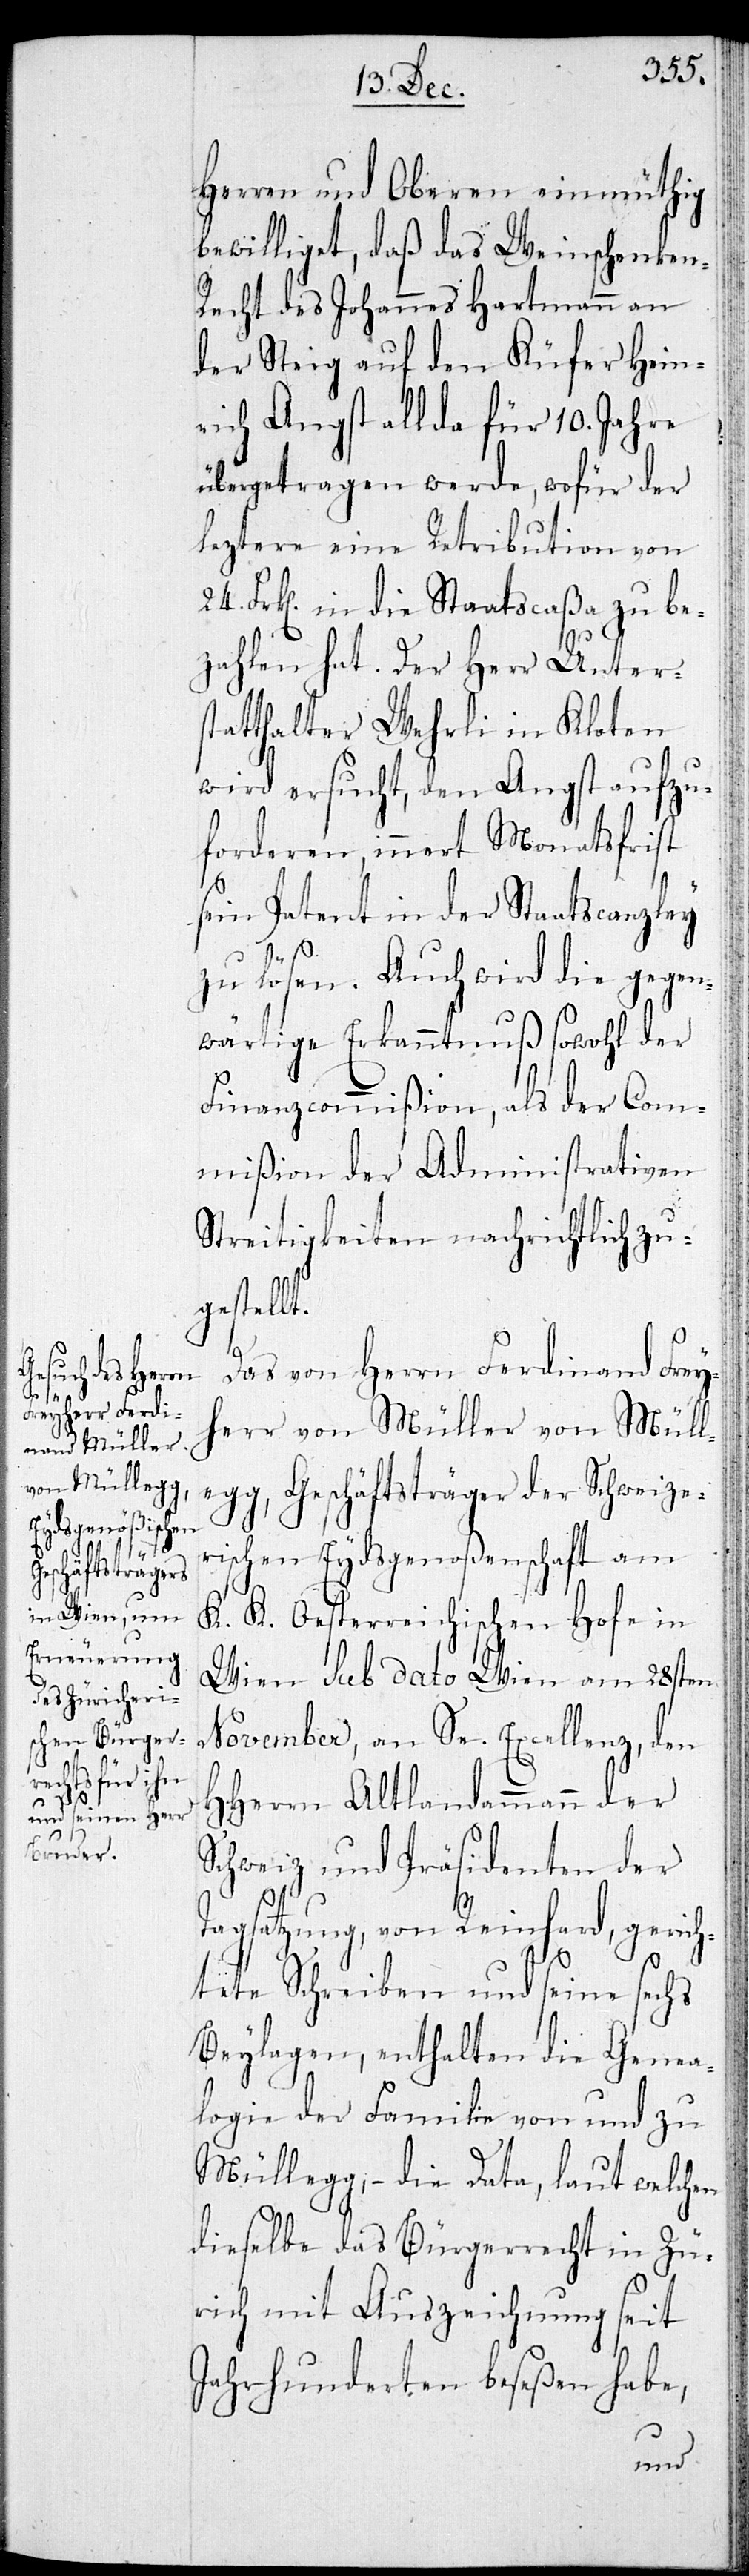
Herren und Oberen einmüthig
bewilliget, daß das Weinschenken-R¬
echt des Johannes Hartmann an
der Steig auf den Küfer Hein¬
rich Angst allda für 10. Jahre
übertragen werde, wofür der
leztere eine Retribution von
24. Frken. in die Staatscaßa zu be¬
zahlen hat. Der Herr Unter¬
statthalter Wehrli in Kloten
wird ersucht, den Angst aufzu¬
forderen, innert Monatsfrist
sein Patent in der Staatscanzley
zu lösen. Auch wird die gegen¬
wärtige Erkanntnuß sowohl der
Finanzcommißion, als der Com¬
mißion der Administrativen
Streitigkeiten nachrichtlich zu¬
gestellt.
Das von Herrn Ferdinand Frey¬
herr von Müller von Müll¬
egg, Geschäftsträger der Schweize¬
rischen Eydsgenoßenschaft am
K. K. Oesterreichischen Hofe in
Wien sub dato Wien am 28sten
November, an Se. Excellenz, den
HHerrn Altlandammann der
Schweiz und Präsidenten der
Tagsatzung, von Reinhard, gerich¬
tete Schreiben und seine sechs
Beilagen, enthalten die Genea¬
logie der Familie von und zu
Müllegg, – die Data, laut welchen
dieselbe das Bürgerrecht in Zü¬
rich mit Auszeichnung seit
Jahrhunderten beseßen habe,